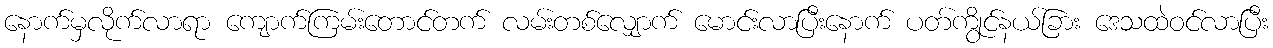
နောက်မှလိုက်လာရာ ကျောက်ကြမ်းတောင်တက် လမ်းတစ်လျှောက် မောင်းလာပြီးနောက် ပတ်ကွိုင်နယ်ခြား ဒေသထဲဝင်လာပြီး